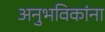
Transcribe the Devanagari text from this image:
अनुभविकांना